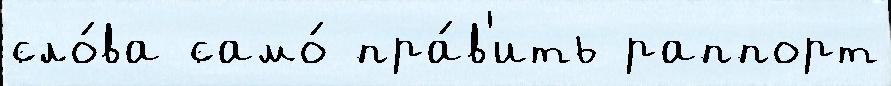
сло́ва само́ пра́в'ить раппорт